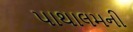
પાથાલમની